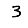
Digit: 3